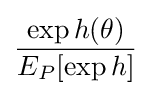
{\frac {\exp h(\theta )}{E_{P}[\exp h]}}